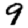
Digit: 9